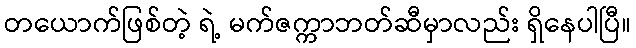
တယောက်ဖြစ်တဲ့ ရဲ့ မက်ဇက္ကာဘတ်ဆီမှာလည်း ရှိနေပါပြီ။